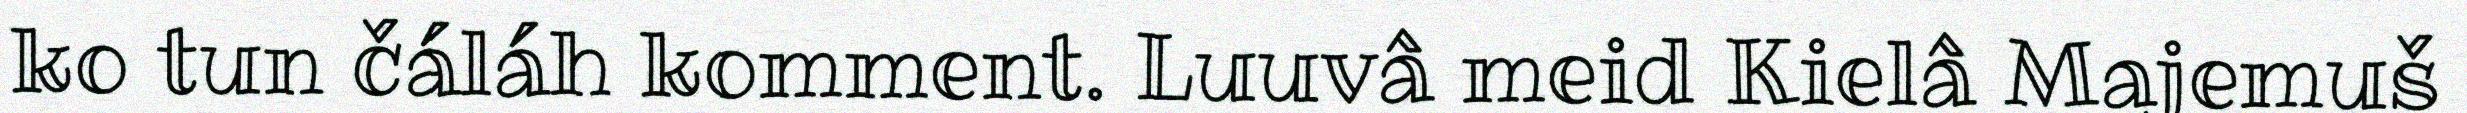
ko tun čáláh komment. Luuvâ meid Kielâ Majemuš